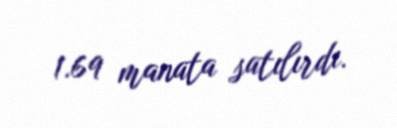
1.69 manata satılırdı.